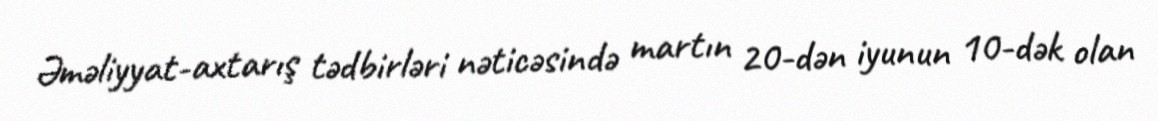
Əməliyyat-axtarış tədbirləri nəticəsində martın 20-dən iyunun 10-dək olan